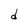
Character: d